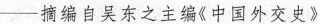
—摘编自吴东之主编《中国外交史》